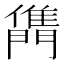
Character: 𨶊